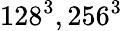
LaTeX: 128^{3},256^{3}